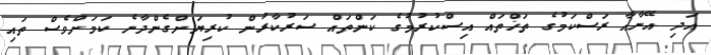
އަދި އޭނާއާ ރަސްކަމުގެ ތަޚްތައް އިސްކުރުމުގެ ކަންތައް ސަރުކާރުން ކުރިޔަށްގެންދާނެ ކަމަށްވެސް ތައި